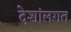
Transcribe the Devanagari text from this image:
देशांलगत